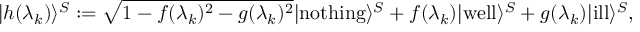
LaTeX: | h ( \lambda _ { k } ) \rangle ^ { S } : = { \sqrt { 1 - f ( \lambda _ { k } ) ^ { 2 } - g ( \lambda _ { k } ) ^ { 2 } } } | \mathrm { n o t h i n g } \rangle ^ { S } + f ( \lambda _ { k } ) | \mathrm { w e l l } \rangle ^ { S } + g ( \lambda _ { k } ) | \mathrm { i l l } \rangle ^ { S } ,